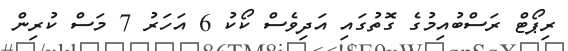
ރިޕޯޓް ރަސްބުއިމުގެ ގޮތުގައި އަދިވެސް ކޯކު 6 އަހަރު 7 މަސް ކުރިން